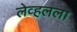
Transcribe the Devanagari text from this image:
लेव्हलला